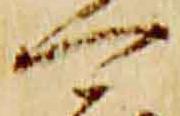
可